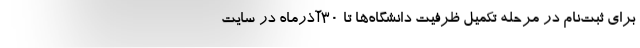
برای ثبت‌نام در مرحله تکمیل ظرفیت دانشگاه‌ها تا ۳۰آذرماه در سایت